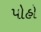
પોહો